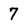
Character: 7